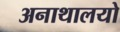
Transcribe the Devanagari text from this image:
अनाथालयो